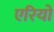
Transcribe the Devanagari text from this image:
एरियो